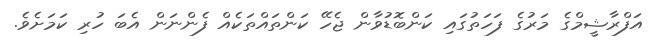
އަފްރާޝީމްގެ މަރުގެ ފަހަތުގައި ކަންބޮޑުވާން ޖެހޭ ކަންތައްތަކެއް ފެންނަން އެބަ ހުރި ކަމަށެވެ.